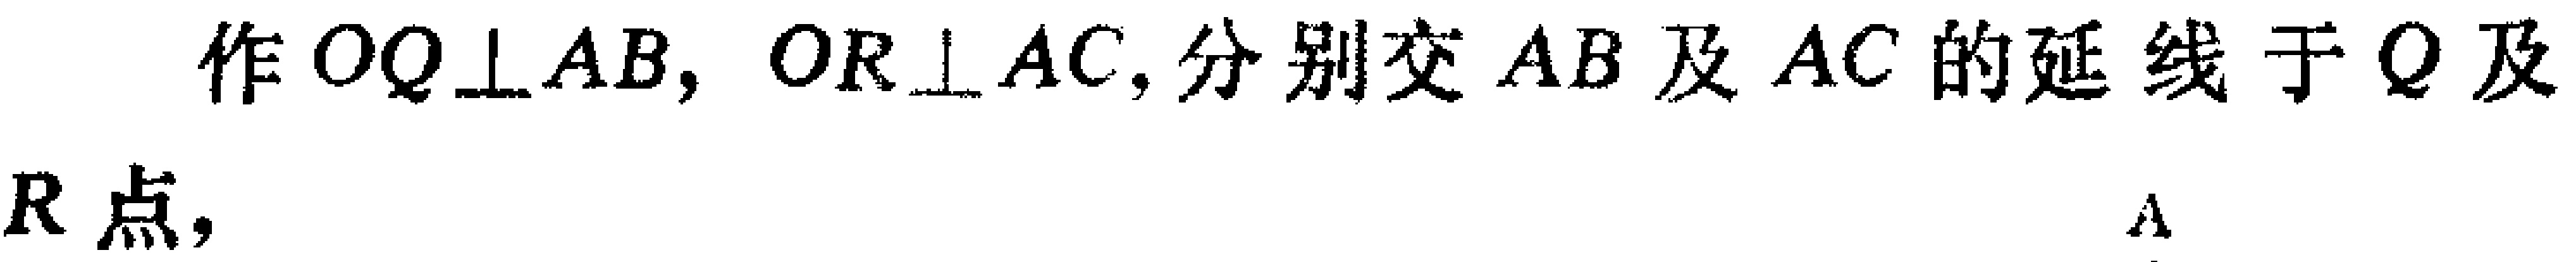
作 \(OQ\perp AB\)，\(OR\perp AC\)，分别交 \(AB\) 及 \(AC\) 的延线于 \(Q\) 及 \(R\) 点，